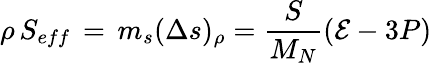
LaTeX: \rho\, S_{eff}\, =\, m_{s}(\Delta s)_{\rho}=\frac{S}{M_{N}}({\cal E}-3P)